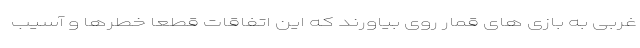
غربی به بازی های قمار روی بیاورند که این اتفاقات قطعا خطرها و آسیب